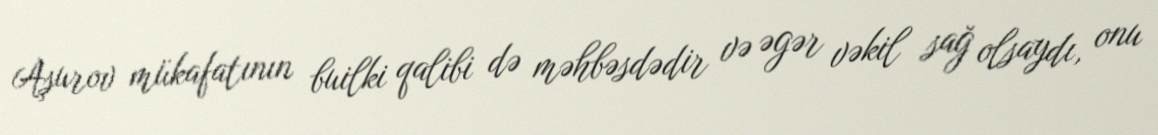
Aşurov mükafatının builki qalibi də məhbəsdədir və əgər vəkil sağ olsaydı, onu